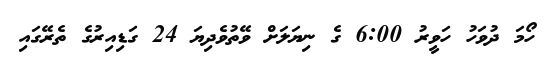
ހޯމަ ދުވަހު ހަވީރު 6:00 ގެ ނިޔަލަށް ވޭތުވެދިޔަ 24 ގަޑިއިރުގެ ތެރޭގައި